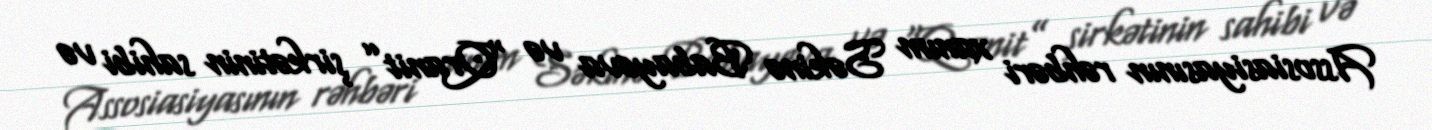
Assosiasiyasının rəhbəri xanım Səkinə Babayeva və “Qranit” şirkətinin sahibi və